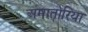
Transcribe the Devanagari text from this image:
अमातोरिया